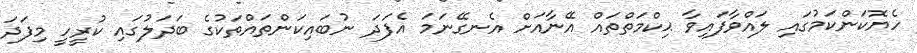
ހެޔޮކަންކަމުގައި ލައްވާފައިވާ ޙިކްމަތްތައް އޭނާއަށް އެނގޭނަމަ އެފަދަ ނުބައިކަންތައްތަކުގެ ބަދަލުގައި ކުރީހީ މިފަދަ